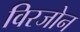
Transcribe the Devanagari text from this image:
विरजोन